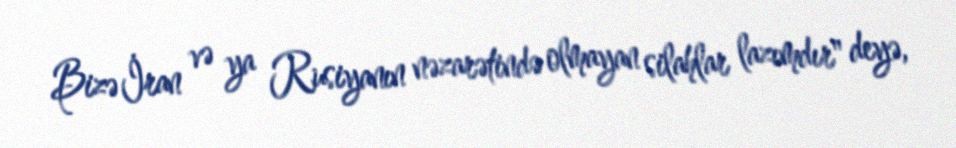
Bizə İran və ya Rusiyanın nəzarətində olmayan silahlar lazımdır" deyə,